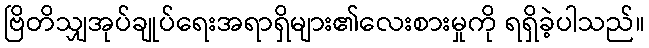
ဗြိတိသျှအုပ်ချုပ်ရေးအရာရှိများ၏လေးစားမှုကို ရရှိခဲ့ပါသည်။